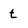
Character: t